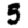
Digit: 5